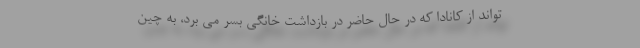
تواند از کانادا که در حال حاضر در بازداشت خانگی بسر می برد، به چین